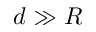
d \gg R